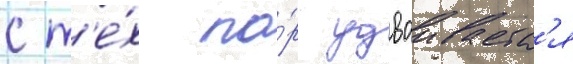
с т'е́х по́р удваиваетс'я